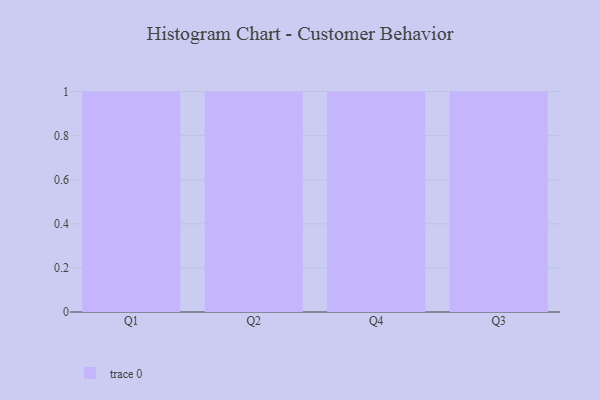
{"axis": {"x": "Quarter", "y": "Backlog"}, "legend": [""], "data": [{"x": "Q1", "y": 81, "type": ""}, {"x": "Q2", "y": 22, "type": ""}, {"x": "Q4", "y": 21, "type": ""}, {"x": "Q3", "y": 56, "type": ""}]}